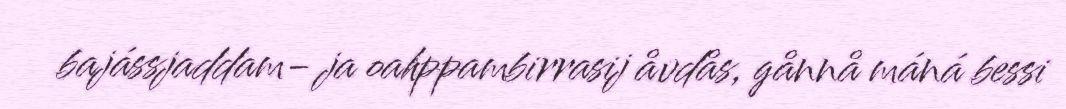
bajássjaddam- ja oahppambirrasij åvdås, gånnå máná bessi